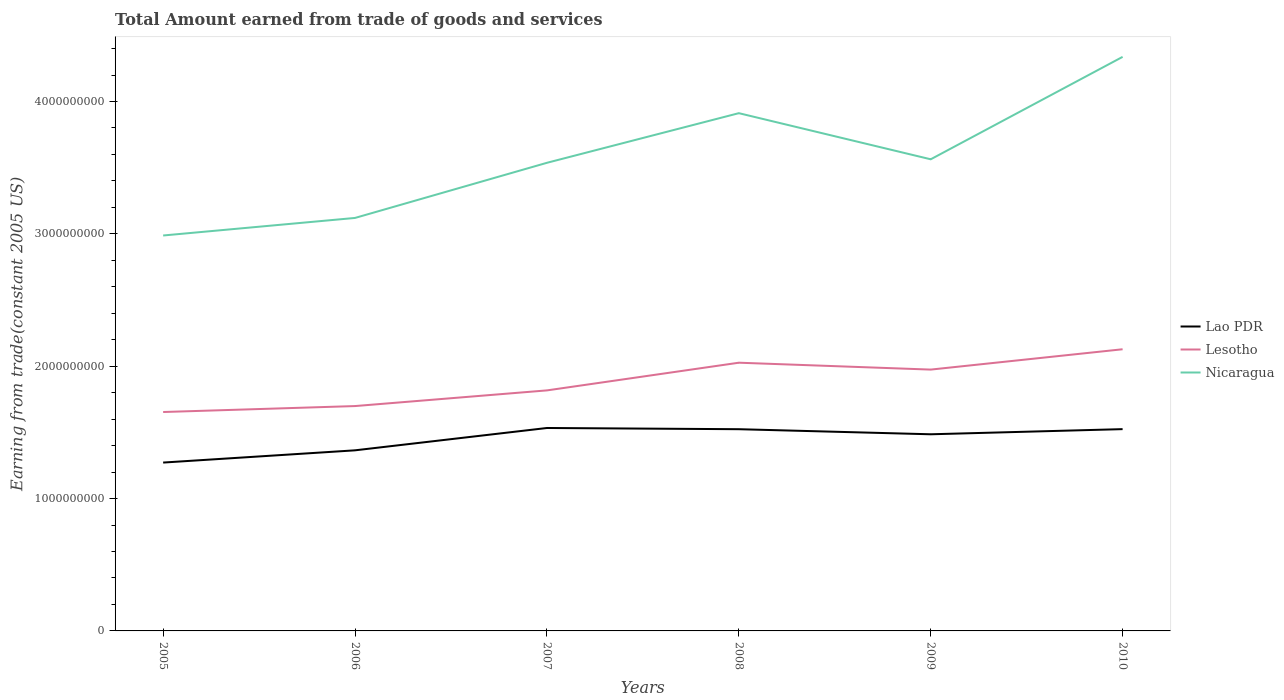
| Years | Lao PDR | Lesotho | Nicaragua |
 | --- | --- | --- | --- |
 | 2005 | 1.27e+09 | 1.65e+09 | 2.99e+09 |
 | 2006 | 1.36e+09 | 1.7e+09 | 3.12e+09 |
 | 2007 | 1.53e+09 | 1.82e+09 | 3.54e+09 |
 | 2008 | 1.52e+09 | 2.03e+09 | 3.91e+09 |
 | 2009 | 1.49e+09 | 1.97e+09 | 3.56e+09 |
 | 2010 | 1.52e+09 | 2.13e+09 | 4.34e+09 |